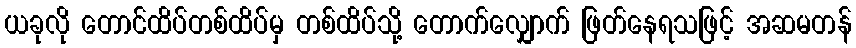
ယခုလို တောင်ထိပ်တစ်ထိပ်မှ တစ်ထိပ်သို့ တောက်လျှောက် ဖြတ်နေရသဖြင့် အဆမတန်